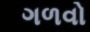
ગળવો